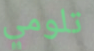
تلومي